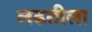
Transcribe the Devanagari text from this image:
लढतीला